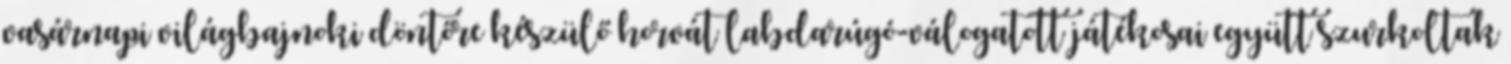
vasárnapi világbajnoki döntőre készülő horvát labdarúgó-válogatott játékosai együtt szurkoltak